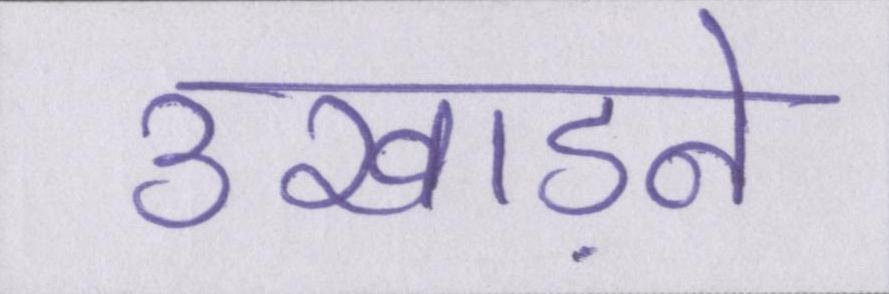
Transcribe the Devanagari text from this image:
उखाड़ने